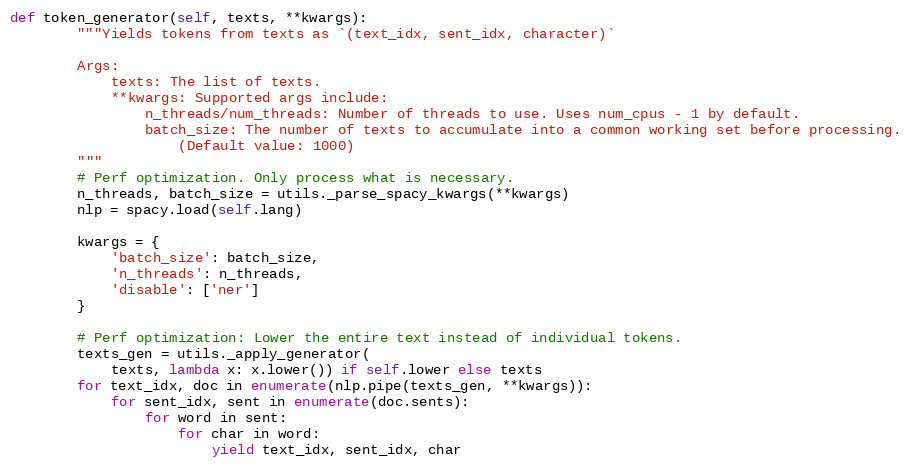
Language: Python
def token_generator(self, texts, **kwargs):
        """Yields tokens from texts as `(text_idx, sent_idx, character)`

        Args:
            texts: The list of texts.
            **kwargs: Supported args include:
                n_threads/num_threads: Number of threads to use. Uses num_cpus - 1 by default.
                batch_size: The number of texts to accumulate into a common working set before processing.
                    (Default value: 1000)
        """
        # Perf optimization. Only process what is necessary.
        n_threads, batch_size = utils._parse_spacy_kwargs(**kwargs)
        nlp = spacy.load(self.lang)

        kwargs = {
            'batch_size': batch_size,
            'n_threads': n_threads,
            'disable': ['ner']
        }

        # Perf optimization: Lower the entire text instead of individual tokens.
        texts_gen = utils._apply_generator(
            texts, lambda x: x.lower()) if self.lower else texts
        for text_idx, doc in enumerate(nlp.pipe(texts_gen, **kwargs)):
            for sent_idx, sent in enumerate(doc.sents):
                for word in sent:
                    for char in word:
                        yield text_idx, sent_idx, char